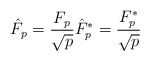
\begin{align*}\hat{F}_p= \frac{F_p}{\sqrt{p}}\hat{F}_p^*= \frac{F_p^*}{\sqrt{p}}\end{align*}